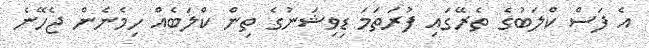
އެ ފަސް ކްލަބުގެ ތެރޭގައި ފުރަތަމަ ޑިވިޝަނުގެ ތިން ކްލަބެއް ހިމެނެން ޖެހޭނެ